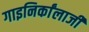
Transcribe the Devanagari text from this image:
गाइनिर्कांलाजी